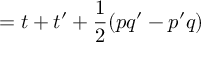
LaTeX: = t + t ^ { \prime } + { \frac { 1 } { 2 } } ( p q ^ { \prime } - p ^ { \prime } q )